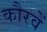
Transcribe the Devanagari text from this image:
कौरवें